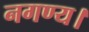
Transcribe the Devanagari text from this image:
नगण्य।